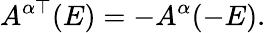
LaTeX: A^{\alpha\top}(E)=-A^{\alpha}(-E).